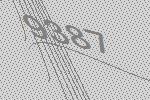
9387